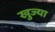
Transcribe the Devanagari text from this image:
खुज्या